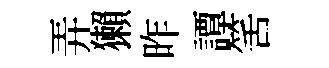
弄獺昨譚筈